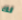
لك